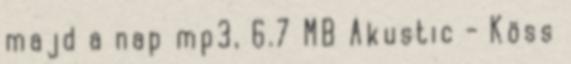
majd a nap mp3, 6.7 MB Akustic - Köss